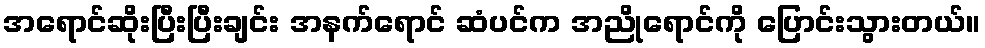
အရောင်ဆိုးပြီးပြီးချင်း အနက်ရောင် ဆံပင်က အညိုရောင်ကို ပြောင်းသွားတယ်။